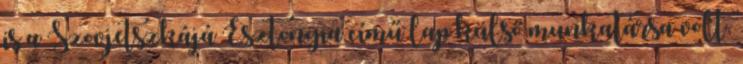
is a Szovjetszkájá Esztonyia című lap külső munkatársa volt.